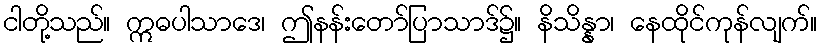
ငါတို့သည်။ ဣဓပါသာဒေ၊ ဤနန်းတော်ပြာသာဒ်၌။ နိသိန္နာ၊ နေထိုင်ကုန်လျက်။